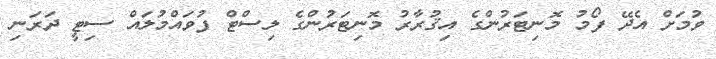
ވުމަށް އެދޭ ފޯމު މޮނިޓަރުންގެ އިޤުރާރު މޮނިޓަރުންގެ ލިސްޓް ފުވައްމުލައް ސިޓީ ދަރަނި